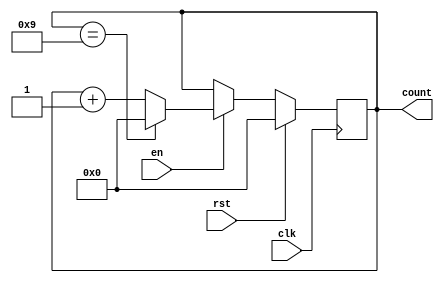
module bcd_up_counter (
  input wire clk,
  input wire rst,
  input wire en,
  output reg [3:0] count
);

always @(posedge clk) begin
  if (rst) begin
    count <= 4'b0000;
  end else if (en) begin
    if (count == 4'b1001) begin
      count <= 4'b0000;
    end else begin
      count <= count + 1;
    end
  end
end
endmodule